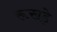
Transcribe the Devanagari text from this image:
रूखड़े